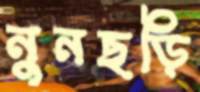
নুনছড়ি